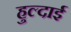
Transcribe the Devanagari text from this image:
हुल्दाई